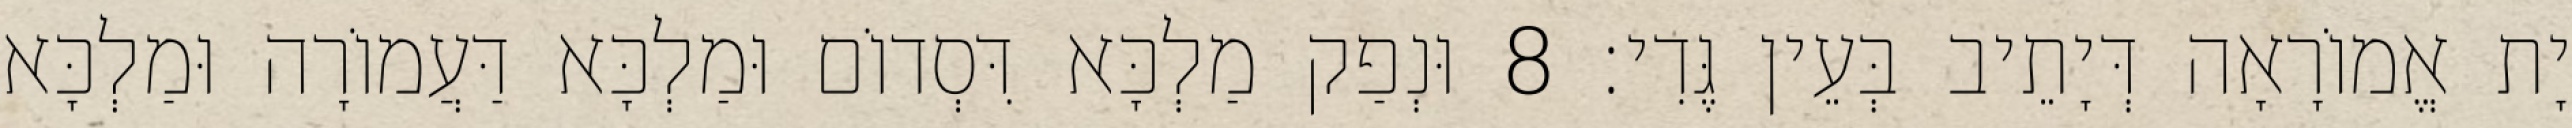
יָת אֱמוֹרָאָה דְּיָתֵיב בְּעֵין גֶּדִי׃ 8 וּנְפַק מַלְכָּא דִּסְדוֹם וּמַלְכָּא דַּעֲמוֹרָה וּמַלְכָּא